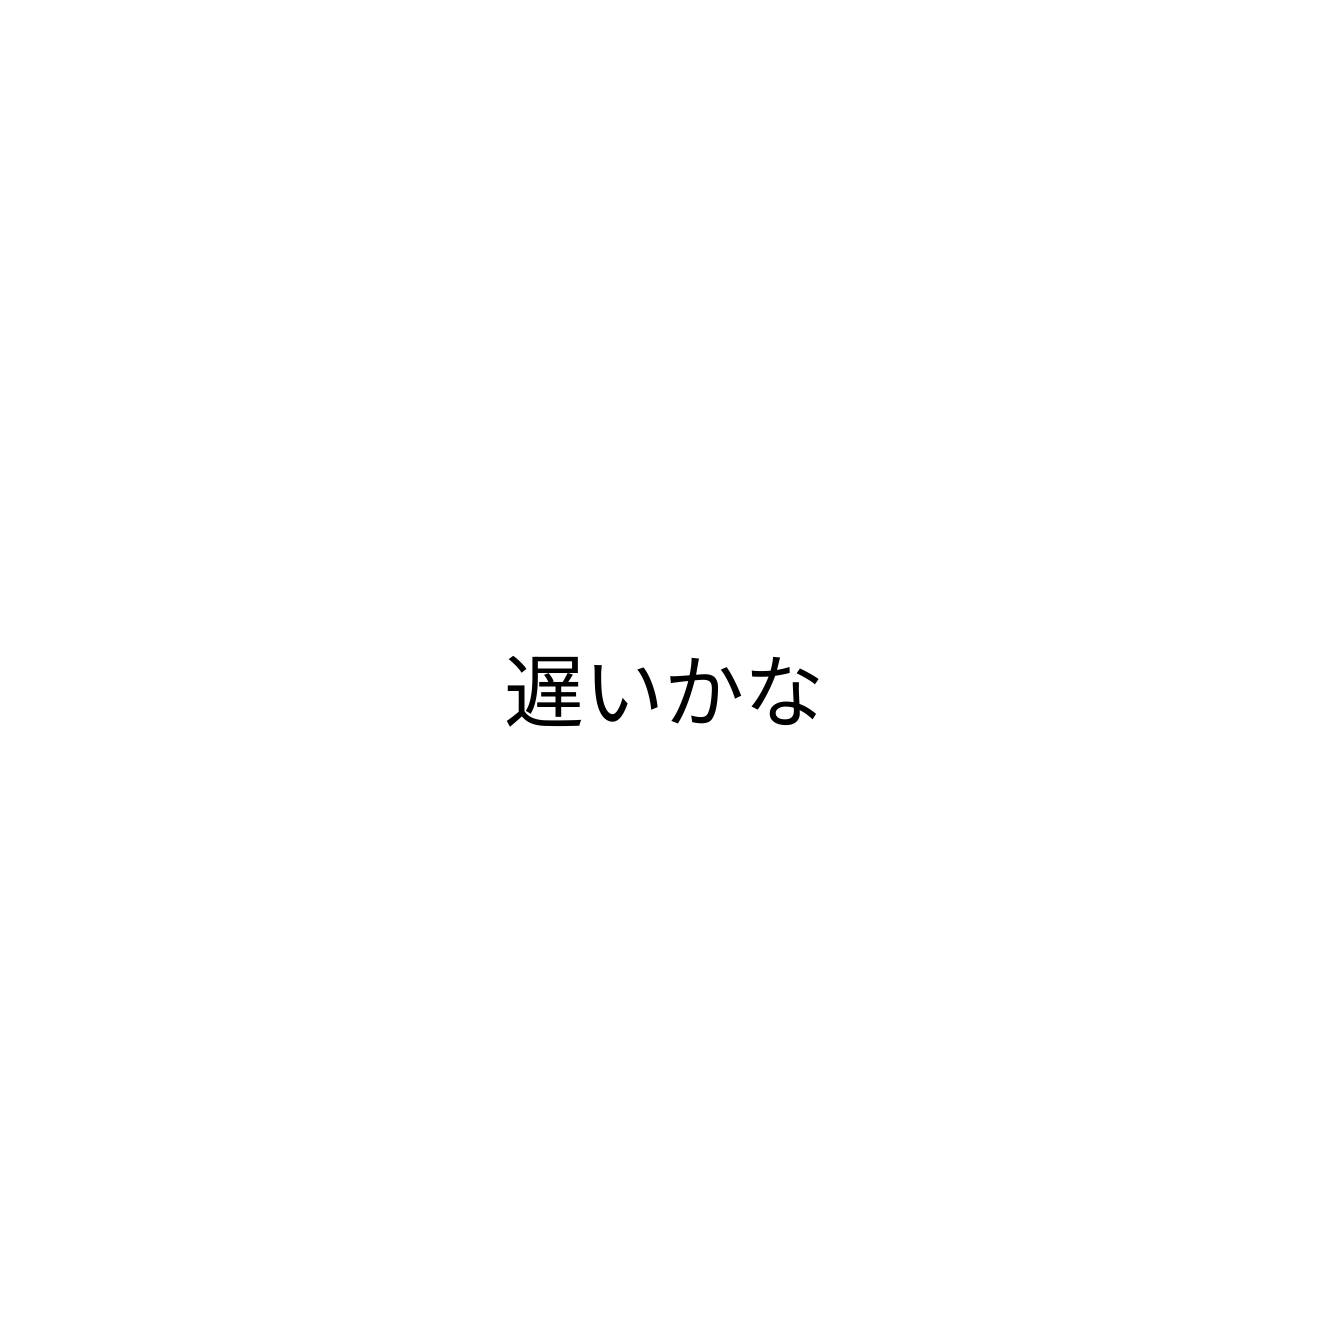
遅いかな